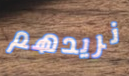
نريدهم